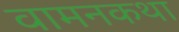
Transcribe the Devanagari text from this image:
वामनकथा